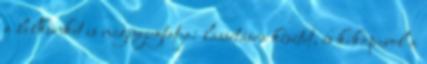
a lelkünket is megnyugtatja: lassításra késztet, és kikapcsol a